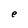
Character: e